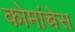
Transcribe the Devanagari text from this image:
कोमांचेस